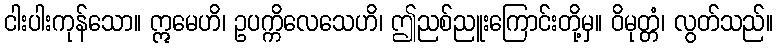
ငါးပါးကုန်သော။ ဣမေဟိ၊ ဥပက္ကိလေသေဟိ၊ ဤညစ်ညူးကြောင်းတို့မှ။ ဝိမုတ္တံ၊ လွတ်သည်။